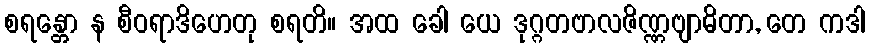
စရန္တော န စီဝရာဒိဟေတု စရတိ။ အထ ခေါ ယေ ဒုဂ္ဂတဗာလဇိဏ္ဏဗျာဓိတာ, တေ ကဒါ